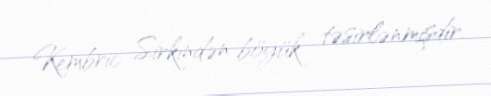
Kembric Sirkindən böyük təsirlənmişdir.